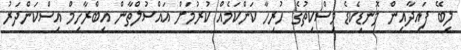
ލިބޭ ފައިދާއިން ލޮނޑިކެޑެ މިސްްކިތުގެ ހުރިހާ ކަންކަމެއް ކުރުމަށް އައްސުލްތާން އިބްރާހިމް އިސްކަންދަރު